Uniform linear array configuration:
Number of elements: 64
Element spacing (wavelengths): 0.25
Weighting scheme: cosine
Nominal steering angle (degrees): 60
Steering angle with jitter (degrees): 61.264
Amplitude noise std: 0.05
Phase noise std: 0.05

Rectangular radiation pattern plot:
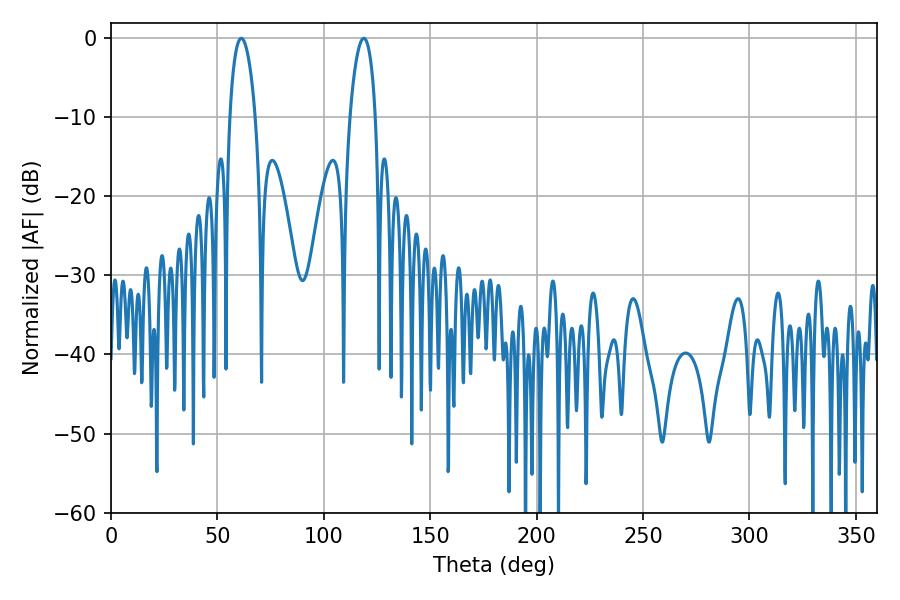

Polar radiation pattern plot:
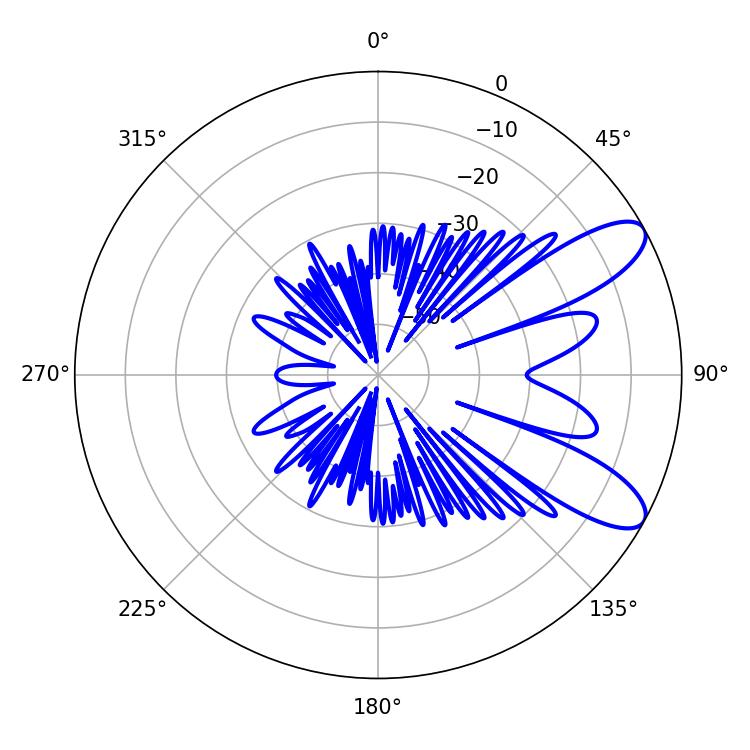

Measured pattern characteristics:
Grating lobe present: FALSE
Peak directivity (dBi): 9.38
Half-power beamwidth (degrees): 6.84
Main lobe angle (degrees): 118.8